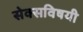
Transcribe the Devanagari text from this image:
सेक्सविषयी